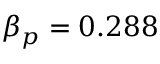
\beta _ { p } = 0 . 2 8 8